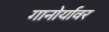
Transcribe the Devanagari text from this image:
गानोर्यावर